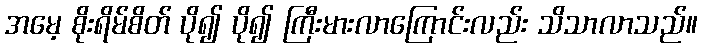
အမေ့ စိုးရိမ်စိတ် ပို၍ ပို၍ ကြီးမားလာကြောင်းလည်း သိသာလာသည်။